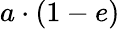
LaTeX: a\cdot(1-e)